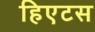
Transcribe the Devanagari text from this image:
हिएटस